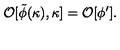
{ \cal O } [ \tilde { \phi } ( \kappa ) , \kappa ] = { \cal O } [ \phi ^ { \prime } ] .